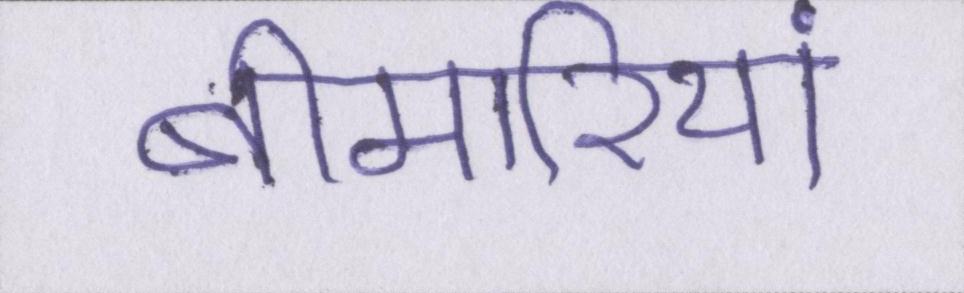
बीमारियां